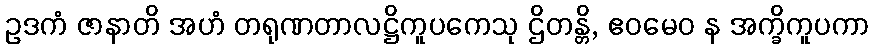
ဥဒကံ ဇာနာတိ အဟံ တရုဏတာလဋ္ဌိကူပကေသု ဌိတန္တိ, ဧဝမေဝ န အက္ခိကူပကာ